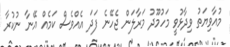
މުއާވިޔަތު ވިދާޅުވީ މަހުމޫދު މަރާލަން ޖެހޭނެ ފަދަ އެއްވެސް ކަމެއް އޭނާ ނުކުރާ